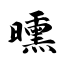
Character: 曛